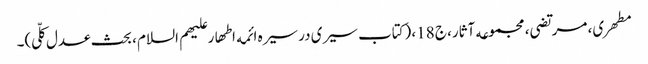
مطهری، مرتضی، مجموعه آثار، ج 18، (کتاب سیری در سیره ائمه اطهار علیهم السلام ، بحث عدل کلّی)۔